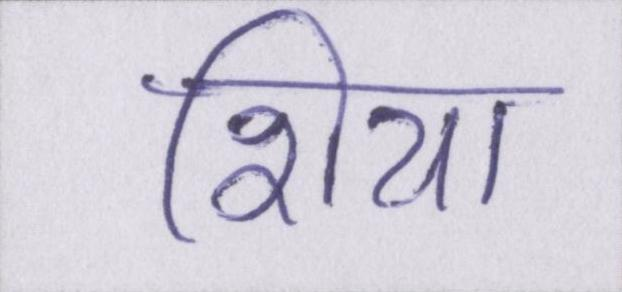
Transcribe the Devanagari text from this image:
शिया